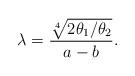
LaTeX: \begin{align*}\lambda=\frac{\sqrt[4]{2 \theta_{1}/\theta_{2}}}{a-b}.\end{align*}